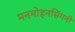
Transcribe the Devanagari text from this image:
मनमोहनसिंगनी